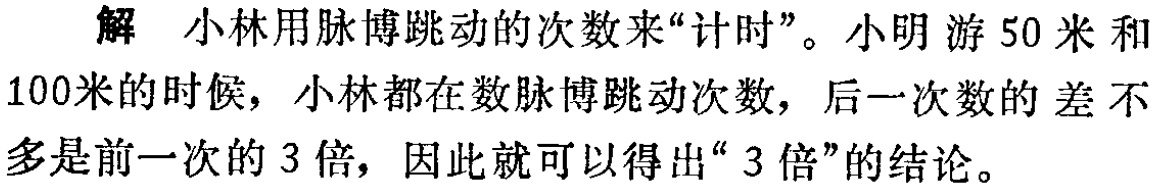
解 小林用脉博跳动的次数来“计时”。小明游$50$米和$100$米的时候，小林都在数脉博跳动次数，后一次数的差不多是前一次的$3$倍，因此就可以得出“$3$倍”的结论。